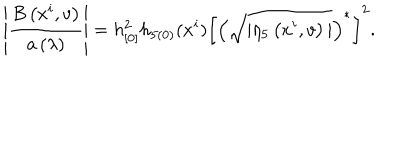
\left| \frac { B \left( x ^ { i } , v \right) } { a \left( \lambda \right) } \right| = h _ { [ 0 ] } ^ { 2 } h _ { 5 ( 0 ) } ( x ^ { i } ) \left[ \left( \sqrt { | \eta _ { 5 } \left( x ^ { i } , v \right) | } \right) ^ { \ast } \right] ^ { 2 } .